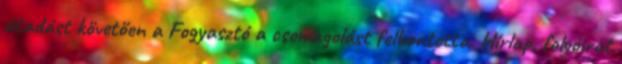
átadást követően a Fogyasztó a csomagolást felbontotta. Hírlap, folyóirat